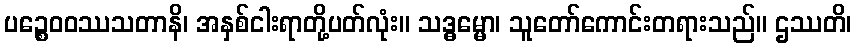
ပဉ္စေဝဝဿသတာနိ၊ အနှစ်ငါးရာတို့ပတ်လုံး။ သဒ္ဓမ္မော၊ သူတော်ကောင်းတရားသည်။ ဌဿတိ၊